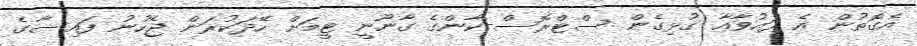
އެގޮތުން އެ ދައުވާއާ ގުޅިގެން ސްޓްރޮސް-ކާންގެ ގާނޫނީ ޓީމަށް ހޭދަކުރަން ޖެހުނު ފައިސާގެ